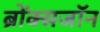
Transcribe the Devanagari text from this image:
ब्रोंक्सजॉन